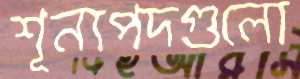
শূন্যপদগুলো